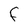
Character: F